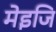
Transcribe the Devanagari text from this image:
मेइजि